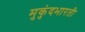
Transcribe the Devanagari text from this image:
मुकुंदभारती